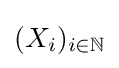
(X_{i})_{i\in \mathbb {N} }